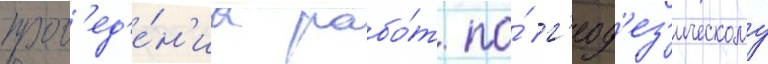
пров'ед'е́н'иа рабо́т по́ г'еод'ез'ическому